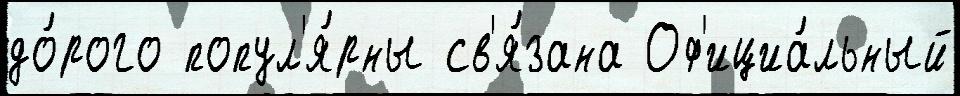
до́рого попул'я́рны св'я́зана Оф'ициа́льный